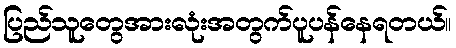
ပြည်သူတွေအားလုံးအတွက်ပူပန်နေရတယ်။